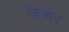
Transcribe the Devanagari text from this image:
डिओन